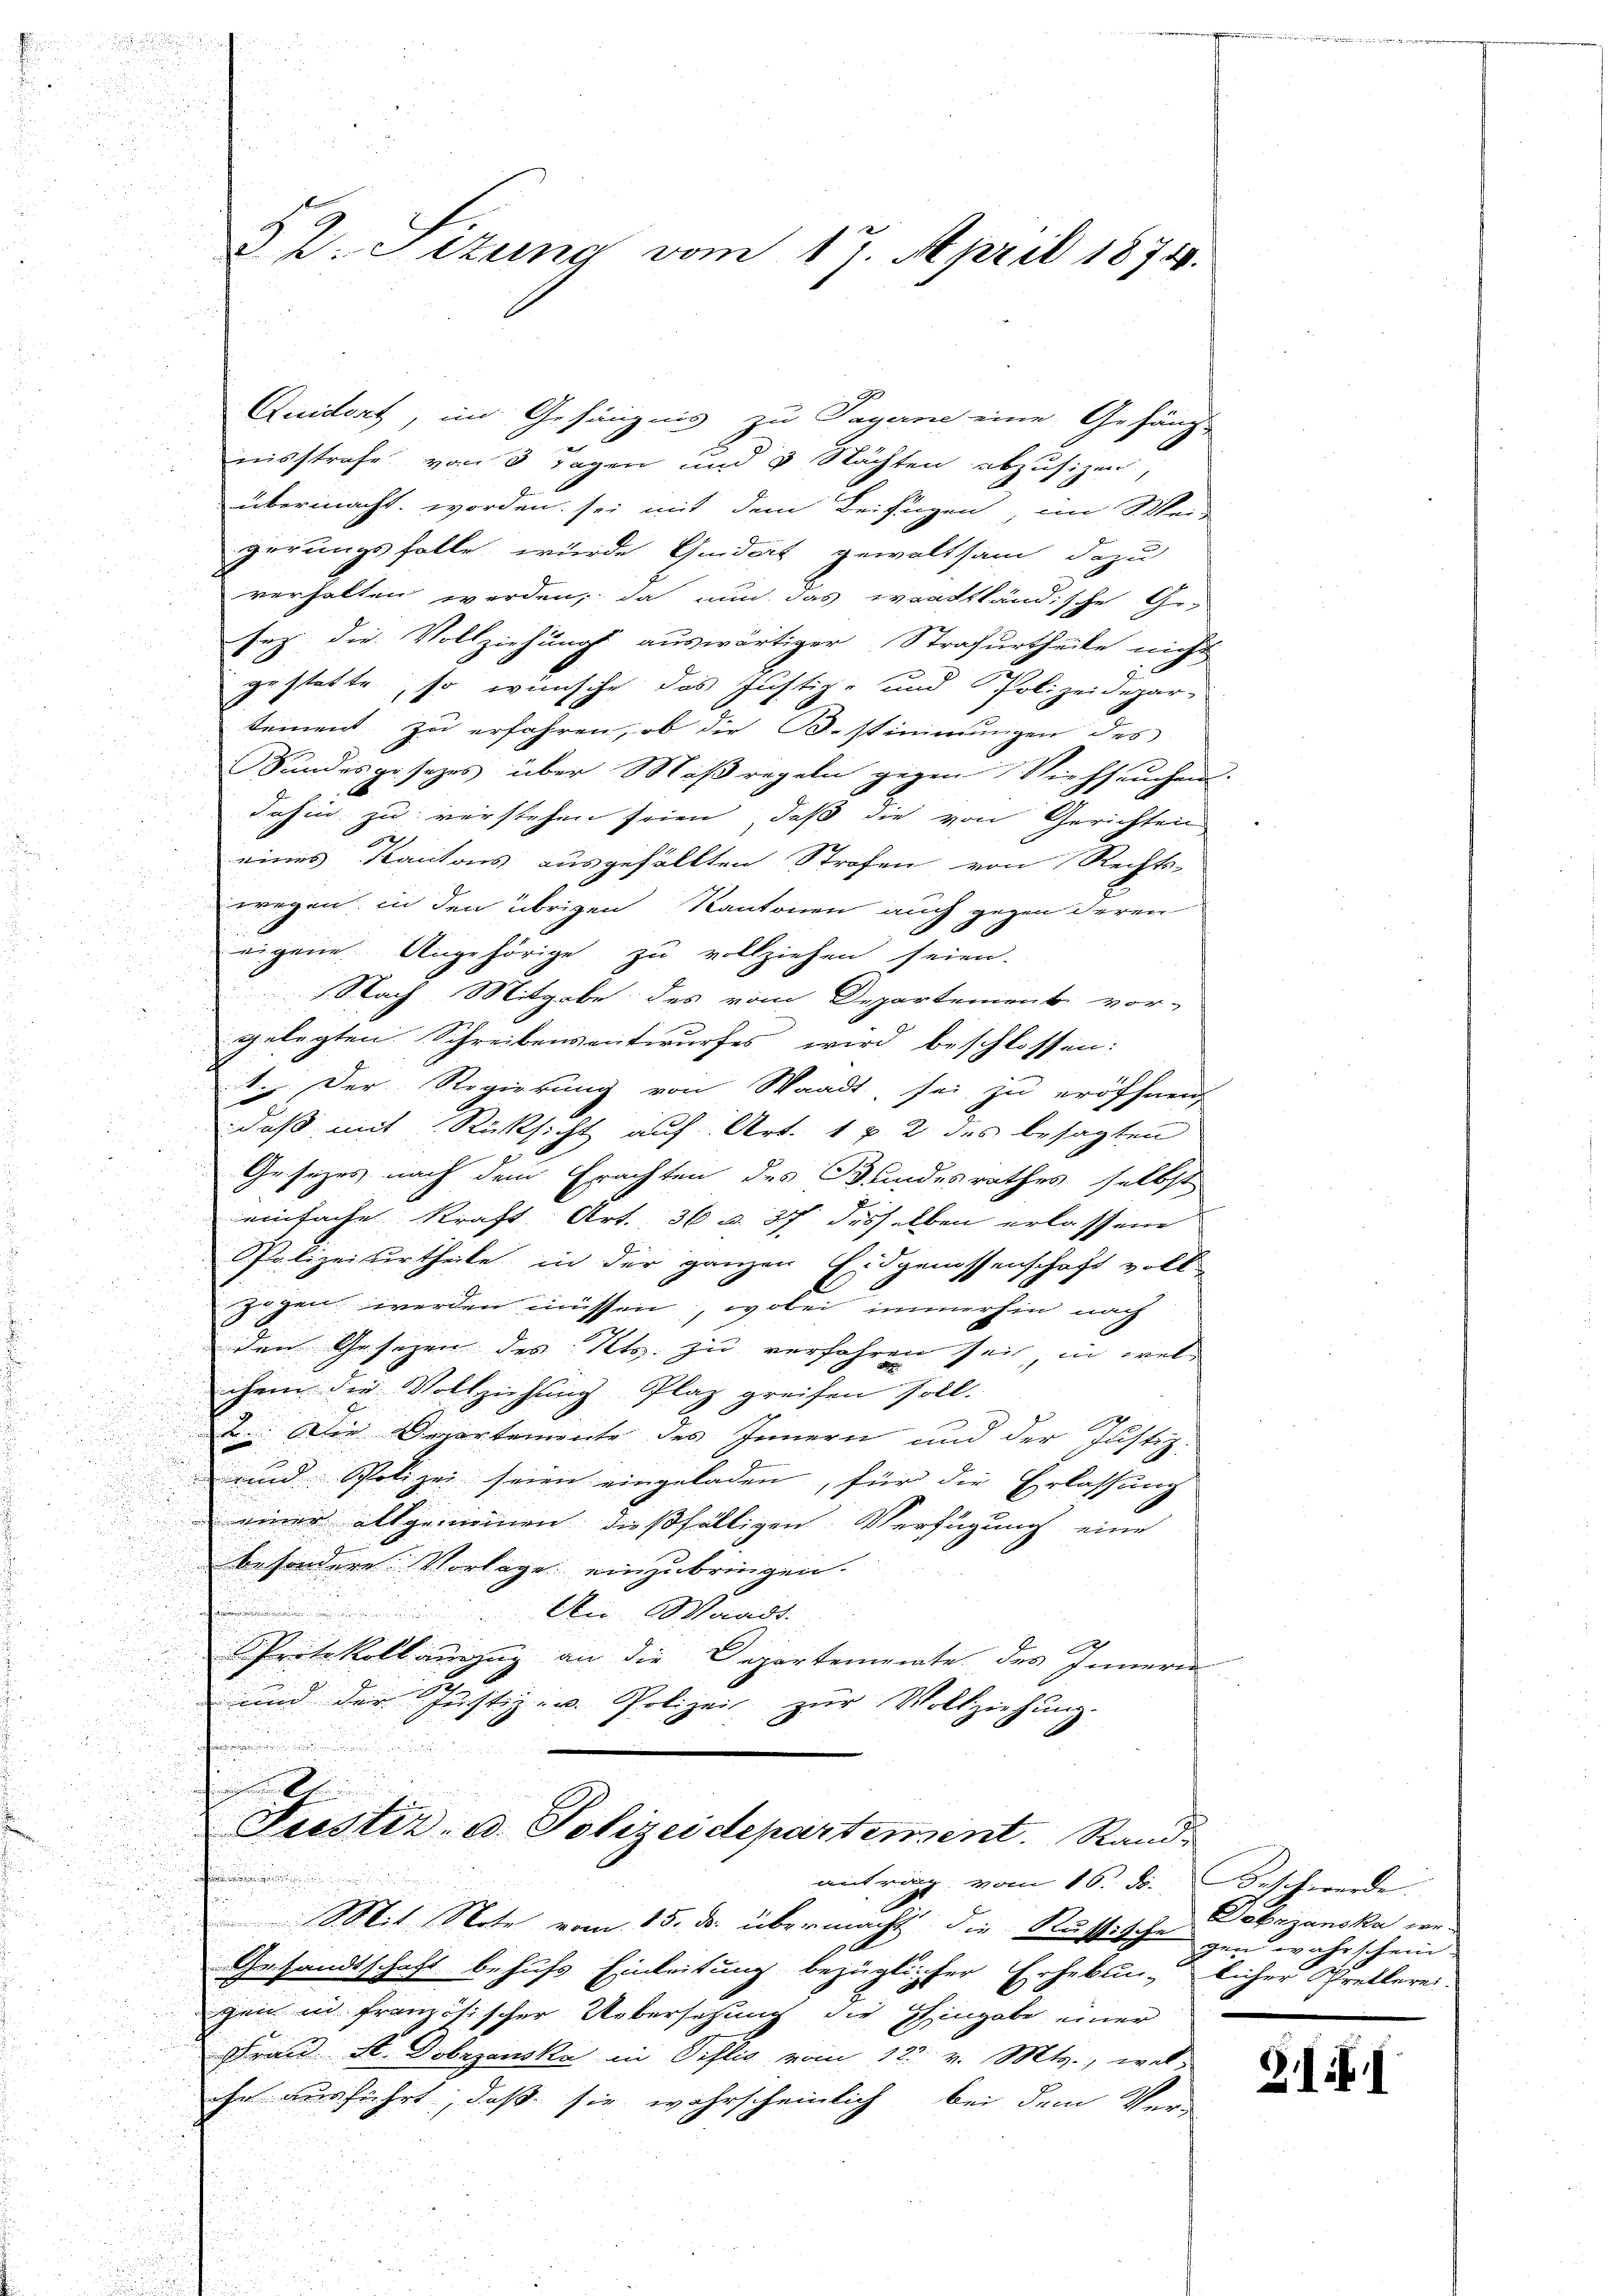
d V. Ottung vom 17. April 1874.

Quidert, im Gefängnis zu Tagene eine Gefäng-
insstrafe von 3 Tagen und 3 Stächten abzusizen,
übermacht worden sei mit dem Beifügen, im Wei-
gerungsfalle wurde Quidert gewaltsam dazu
verhalten werden, da nun das waadtländische Ge-
sez die Vollziehungs auswärtiger Strafurtheile nicht
gestatte, so wünsche das Justiz- und Polizeidepar-
tement zu erfahren, ob die Bestimmungen des
andesgesezes über Maßregeln gegen Viehseuchen.
dahin zu verstehen seien, daß die von Gerichten
eines Kantons ausgefällten Strafen von Rechts-
wegen, in den übrigen Kantonen auch gegen deren

eigene. Angehörige zu vollziehen seien.
Nach Mitgabe des vom Departement vor-
gelegten Schreibensentwurfes wird beschlossen:
.. Der Regierung von Waadt, sei zu eröffnen,
daß mit Rücksicht auf Art. 1 & 2 des besagten
d
Gesetzes nach dem Erachten des Bundesrathes selbste
einfache Kraft Art. 36 u. 37 desselben erlassene
Polizeiurtheile in der ganzen Eidgenossenschaft voll
zogen werden müssen, wobei immerhin nach
n
den Gesezen des Kts. zu verfahren sei, in wel¬

d
d

chem die Vollziehung Plaz greifen soll.

und
2. Die Departemente des Innern und der Justiz-
e
u

f
und Polizei seien eingeladen, für die Erlassung
einer allgemeinen dießfälligen Verfügung eine
besondere Vorlage einzubringen.
An Waadt.
Protokollinzug an die Departemente des Innern
u
und der Justiz- u. Polizei zŭr Vollziehung.
n
.
Justiz- u. Polizeidepartement. Rand
.
n
antrag vom 16. d. Bisch werde.
Mit Note vom 15. ds. übermacht die Russische gen wahrschein.
Gesandtschaft behufs Einleitung bezüglicher Erhebung licher Gretlereizen in französischer Uebersetzung die Hingabe einer
Frau St. Dobrzanska in Pislis vom 12. v. Mts., welihn ausführt, daß sie wahrscheinlich bei dem Ver-

Däbrzanska we¬

Z.II.1